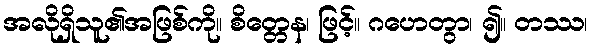
အလိုရှိသူ၏အဖြစ်ကို။ စိတ္တေန၊ ဖြင့်။ ဂဟေတွာ၊ ၍။ တဿ၊